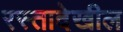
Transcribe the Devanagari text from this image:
रस्तादेखील